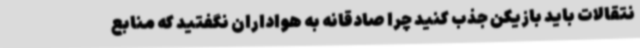
نتقالات باید بازیکن جذب کنید چرا صادقانه به هواداران نگفتید که منابع